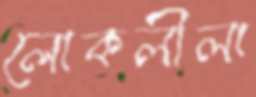
লোকলীলা